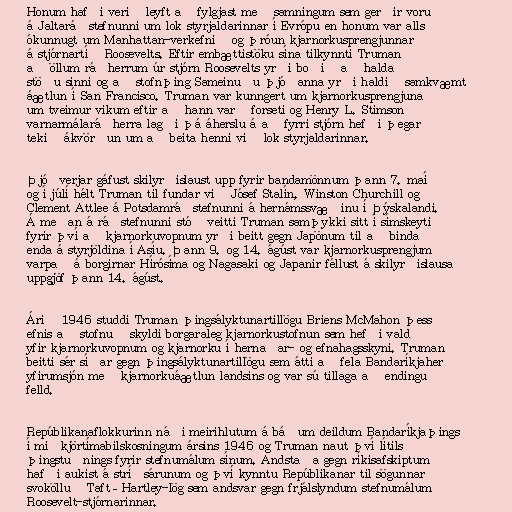
Honum hafði verið leyft að fylgjast með samningum sem gerðir voru
á Jaltaráðstefnunni um lok styrjaldarinnar í Evrópu en honum var alls
ókunnugt um Manhattan-verkefnið og þróun kjarnorkusprengjunnar
á stjórnartíð Roosevelts. Eftir embættistöku sína tilkynnti Truman
að öllum ráðherrum úr stjórn Roosevelts yrði boðið að halda
stöðu sinni og að stofnþing Sameinuðu þjóðanna yrði haldið samkvæmt
áætlun í San Francisco. Truman var kunngert um kjarnorkusprengjuna
um tveimur vikum eftir að hann varð forseti og Henry L. Stimson
varnarmálaráðherra lagði þá áherslu á að fyrri stjórn hefði þegar
tekið ákvörðun um að beita henni við lok styrjaldarinnar.

Þjóðverjar gáfust skilyrðislaust upp fyrir bandamönnum þann 7. maí
og í júlí hélt Truman til fundar við Jósef Stalín, Winston Churchill og
Clement Attlee á Potsdamráðstefnunni á hernámssvæðinu í Þýskalandi.
Á meðan á ráðstefnunni stóð veitti Truman samþykki sitt í símskeyti
fyrir því að kjarnorkuvopnum yrði beitt gegn Japönum til að binda
enda á styrjöldina í Asíu. Þann 9. og 14. ágúst var kjarnorkusprengjum
varpað á borgirnar Hírósíma og Nagasaki og Japanir féllust á skilyrðislausa
uppgjöf þann 14. ágúst.

Árið 1946 studdi Truman þingsályktunartillögu Briens McMahon þess
efnis að stofnuð skyldi borgaraleg kjarnorkustofnun sem hefði vald
yfir kjarnorkuvopnum og kjarnorku í hernaðar- og efnahagsskyni. Truman
beitti sér síðar gegn þingsályktunartillögu sem átti að fela Bandaríkjaher
yfirumsjón með kjarnorkuáætlun landsins og var sú tillaga að endingu
felld.

Repúblikanaflokkurinn náði meirihlutum á báðum deildum Bandaríkjaþings
í miðkjörtímabilskosningum ársins 1946 og Truman naut því lítils
þingstuðnings fyrir stefnumálum sínum. Andstaða gegn ríkisafskiptum
hafði aukist á stríðsárunum og því kynntu Repúblikanar til sögunnar
svokölluð Taft–Hartley-lög sem andsvar gegn frjálslyndum stefnumálum
Roosevelt-stjórnarinnar.